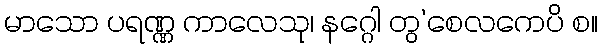
မာသော ပရဏ္ဏ ကာလေသု၊ နဂ္ဂေါ တွ’စေလကေပိ စ။